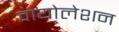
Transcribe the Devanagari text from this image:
वायोलेशन